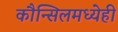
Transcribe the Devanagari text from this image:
कौन्सिलमध्येही